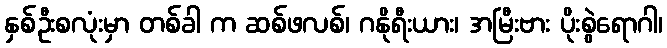
နှစ်ဦးစလုံးမှာ တစ်ခါ က ဆစ်ဖလစ်၊ ဂနိုရီးယား၊ အမြီးဗား ပိုးစွဲရောဂါ၊